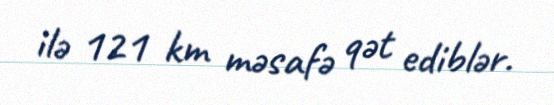
ilə 121 km məsafə qət ediblər.